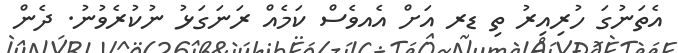
އެތަނުގަ ހުރިއިރު ތި ޑރ އަށް އެއވެސް ކަމެއް ރަނަގަޅު ނުކުރެވުނު. ދެން